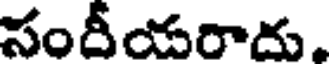
సందీయరాదు.